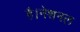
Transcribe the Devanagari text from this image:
है।नेशनल